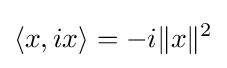
\langle x,ix\rangle =-i\|x\|^{2}